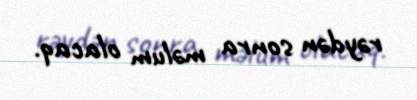
rəydən sonra məlum olacaq.